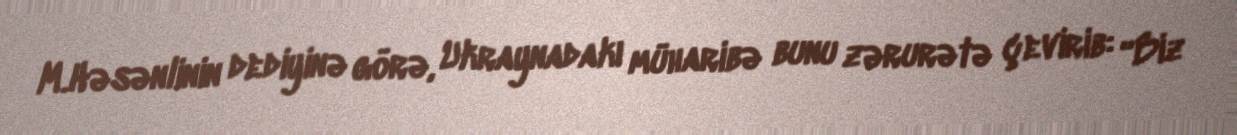
M.Həsənlinin dediyinə görə, Ukraynadakı müharibə bunu zərurətə çevirib: “Biz